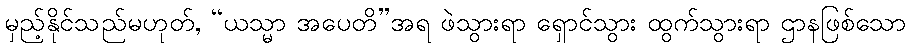
မှည့်နိုင်သည်မဟုတ်, “ယသ္မာ အပေတိ”အရ ဖဲသွားရာ ရှောင်သွား ထွက်သွားရာ ဌာနဖြစ်သော